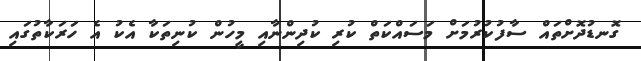
ގޮނޑުދޮށްތައް ސާފުކުރުމަށް މަސައްކަތް ކުރި ކުދިންނާއި މީހުން ކުނިތަކާ އެކު އެ ހަރަކާތުގައި